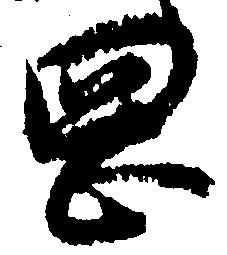
岡